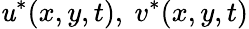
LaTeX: \mathit{u}^{*}(x,y,t),\ v^{*}(x,y,t)